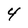
Character: 4